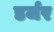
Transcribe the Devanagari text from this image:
डर्जर